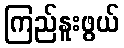
ကြည်နူးဖွယ်